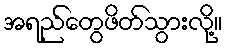
အရည်တွေဖိတ်သွားလို့။